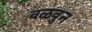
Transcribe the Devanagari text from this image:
वळवुन